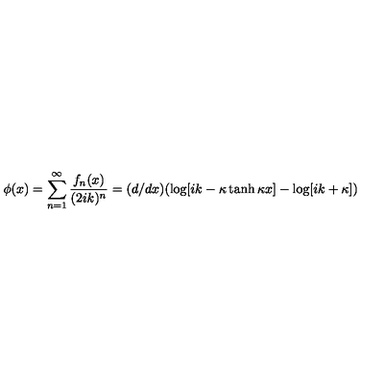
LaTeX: \phi ( x ) = \sum _ { n = 1 } ^ { \infty } { \frac { f _ { n } ( x ) } { ( 2 i k ) ^ { n } } } = ( d / d x ) ( \log [ i k - \kappa \tanh \kappa x ] - \log [ i k + \kappa ] )